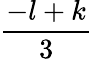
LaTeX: \frac{-l+k}{3}